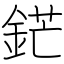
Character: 鋩